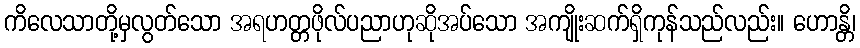
ကိလေသာတို့မှလွတ်သော အရဟတ္တဖိုလ်ပညာဟုဆိုအပ်သော အကျိုးဆက်ရှိကုန်သည်လည်း။ ဟောန္တိ၊